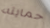
حمايته